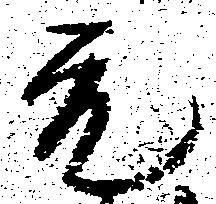
元